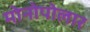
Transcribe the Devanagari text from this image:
मोनोपोलार